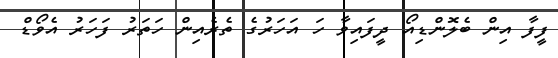
ފީފާ އިން ބެލޮންޑިއޯ ދީފައިވާ ހަ އަހަރުގެ ތެރެއިން ހަތަރު ފަހަރު އެވޯޑް